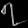
Digit: ၇